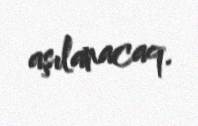
aşılanacaq.